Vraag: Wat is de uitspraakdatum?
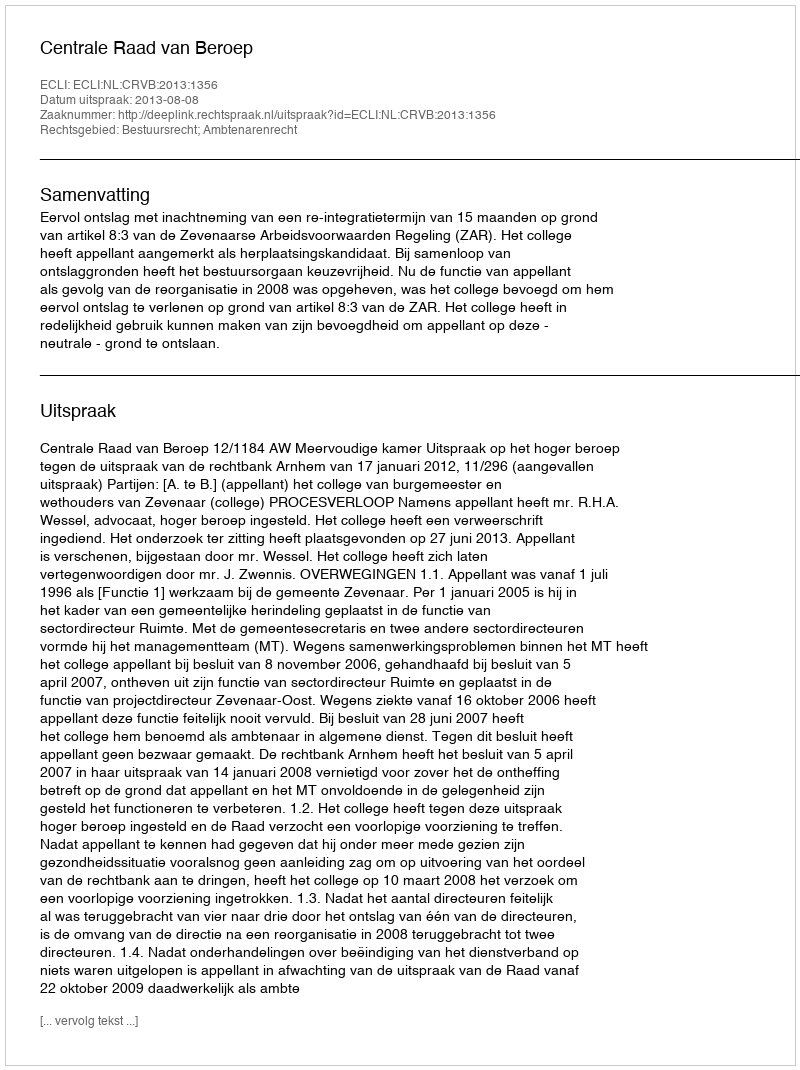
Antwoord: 2013-08-08